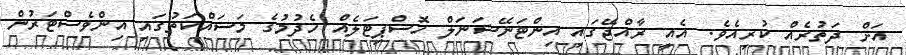
އަށް ދަތުރެއް ކުރިއެވެ. އެއީ ރާއްޖޭގައި އިންޓަނޭޝަނަލް ހޮސްޕިޓަލެއް ހެދުމުގެ މަސައްކަތުގައި އިންވެސްޓަރުން